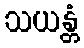
သယန္တံ